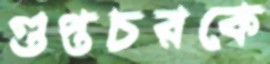
গুপ্তচরকে